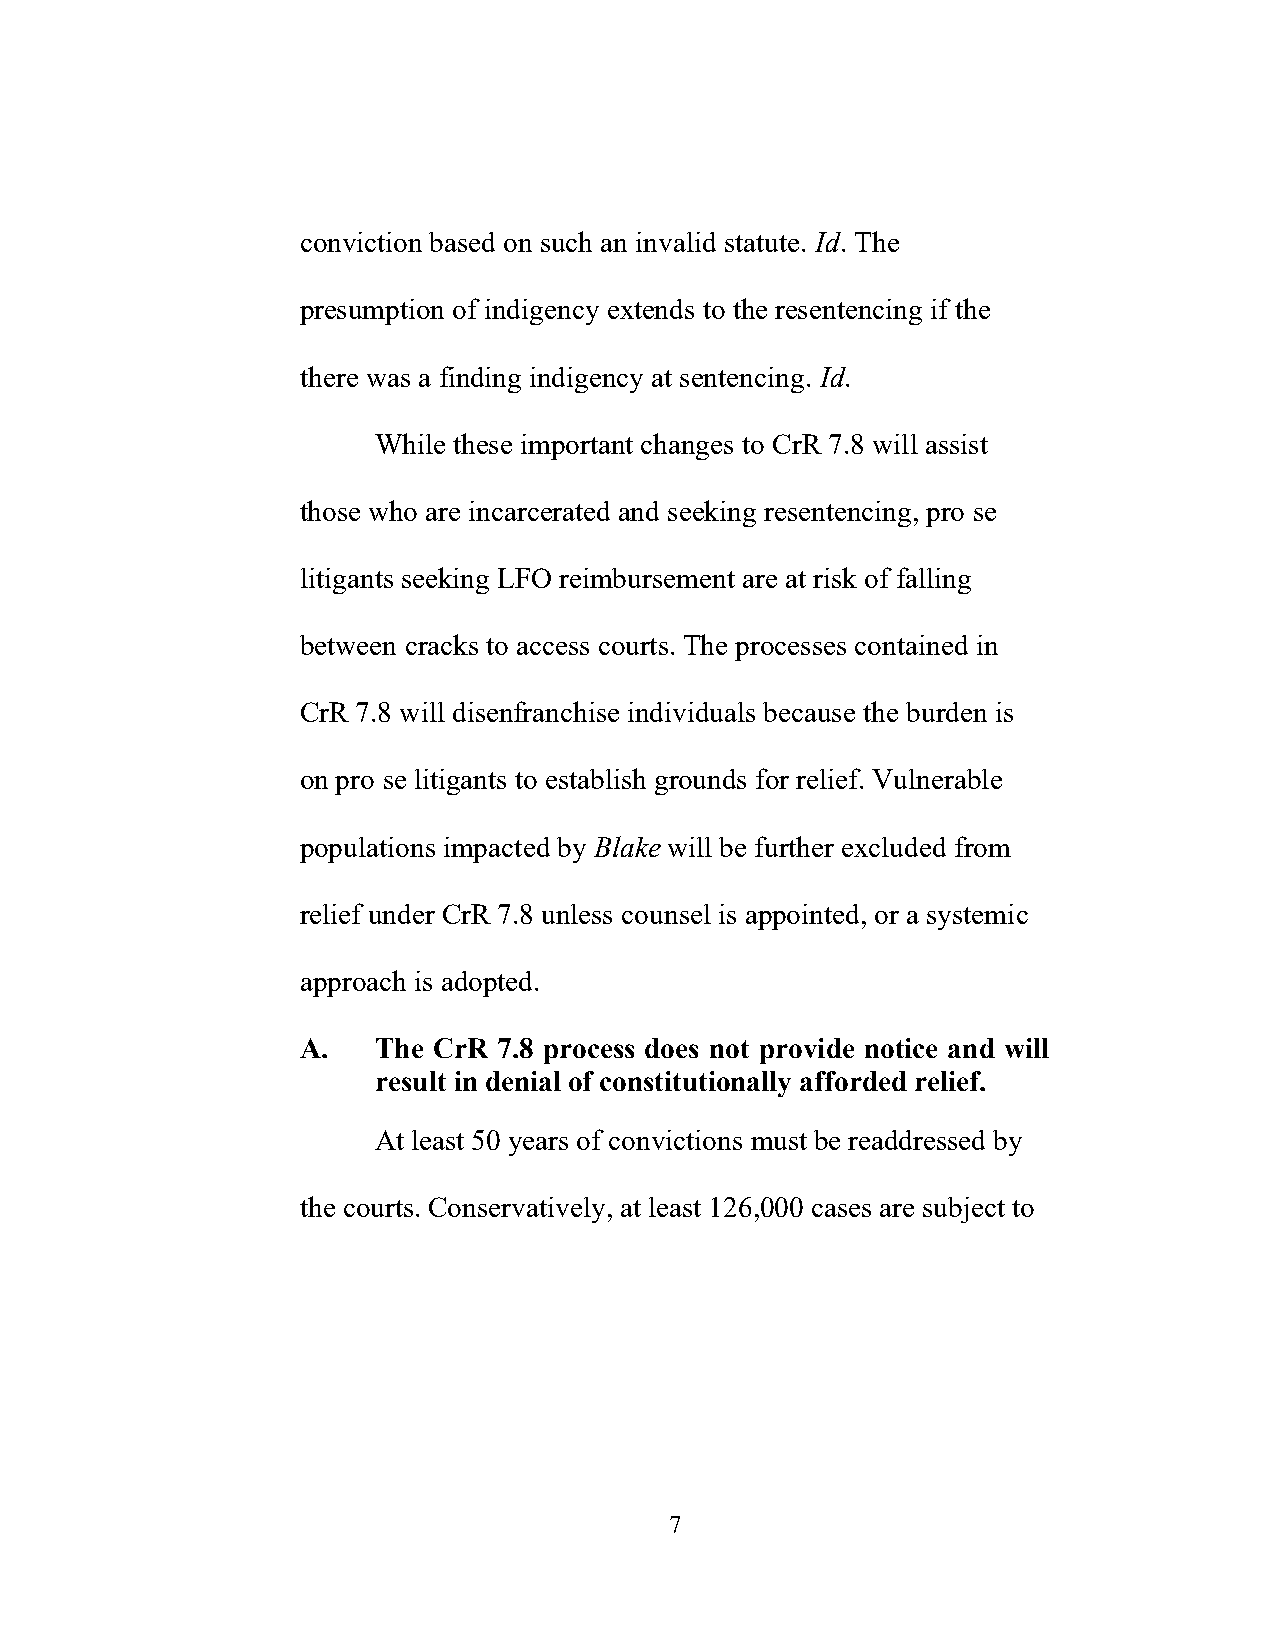
conviction based on such an invalid statute. Id. The
 presumption of indigency extends to the resentencing if the
 there was a finding indigency at sentencing. Id.
 While these important changes to CrR 7.8 will assist
 those who are incarcerated and seeking resentencing, pro se
 litigants seeking LFO reimbursement are at risk of falling
 between cracks to access courts. The processes contained in
 CrR 7.8 will disenfranchise individuals because the burden is
 on pro se litigants to establish grounds for relief. Vulnerable
 populations impacted by Blake will be further excluded from
 relief under CrR 7.8 unless counsel is appointed, or a systemic
 approach is adopted.
 A.   The CrR 7.8 process does not provide notice and will
 result in denial of constitutionally afforded relief.
 At least 50 years of convictions must be readdressed by
 the courts. Conservatively, at least 126,000 cases are subject to
 7